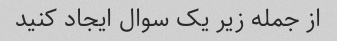
از جمله زیر یک سوال ایجاد کنید